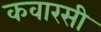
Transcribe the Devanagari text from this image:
कवारसी